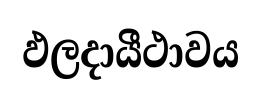
ඵලදායීථාවය